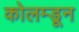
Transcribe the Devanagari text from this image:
कोलम्डून